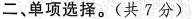
二、单项选择.(共7分)